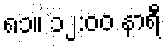
၈၁။ ၁၂:၀၀ နာရီ